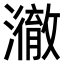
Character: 𤁲